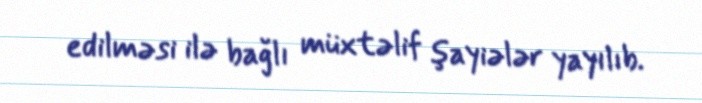
edilməsi ilə bağlı müxtəlif şayiələr yayılıb.